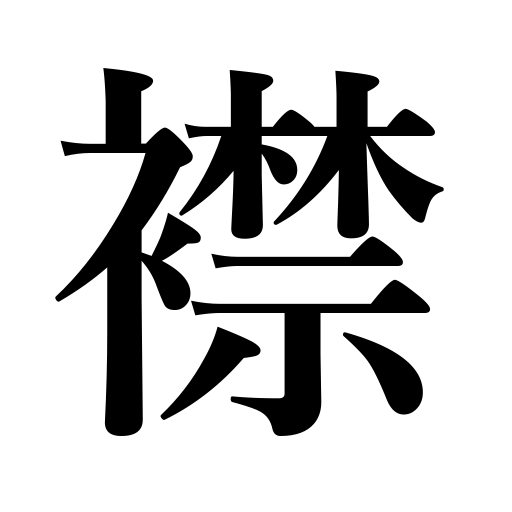
Meanings: collar,lapel,neck,neckband